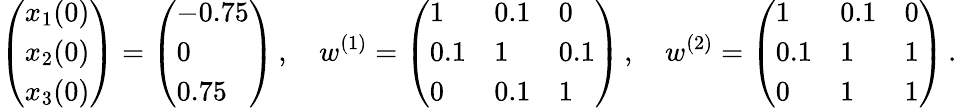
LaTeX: \left(\begin{array}{l}{x_{1}(0)}\\ {x_{2}(0)}\\ {x_{3}(0)}\end{array}\right)=\left(\begin{array}{l}{-0.75}\\ {0}\\ {0.75}\end{array}\right)\, ,\quad w^{(1)}=\left(\begin{array}{lll}{1}&{0.1}&{0}\\ {0.1}&{1}&{0.1}\\ {0}&{0.1}&{1}\end{array}\right)\, ,\quad w^{(2)}=\left(\begin{array}{lll}{1}&{0.1}&{0}\\ {0.1}&{1}&{1}\\ {0}&{1}&{1}\end{array}\right)\, .